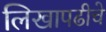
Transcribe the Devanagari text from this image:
लिखापढीचे